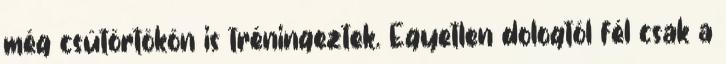
még csütörtökön is tréningeztek. Egyetlen dologtól fél csak a